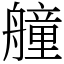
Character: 艟